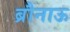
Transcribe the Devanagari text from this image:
ब्रौनाऊ